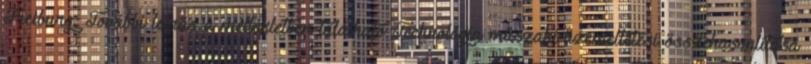
Freiburg; További leírás a mellékletben található Technológia műszaki-üzemeltetési összehasonlítása